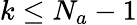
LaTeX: k\leq N_{a}-1